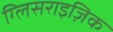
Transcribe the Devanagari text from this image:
ग्लिसराइज़िक